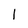
Character: 1